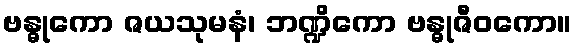
ဗန္ဓုကော ဇယသုမနံ၊ ဘဏ္ဍိကော ဗန္ဓုဇီဝကော။